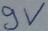
Text: 9V